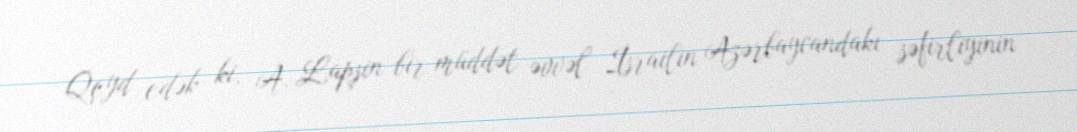
Qeyd edək ki, A. Lapşin bir müddət əvvəl İsrailin Azərbaycandakı səfirliyinin